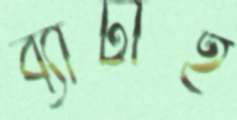
ব্যাটাই